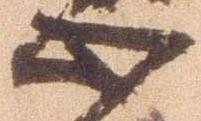
心